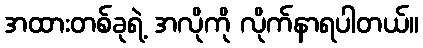
အထားတစ်ခုရဲ့ အလိုကို လိုက်နာရပါတယ်။